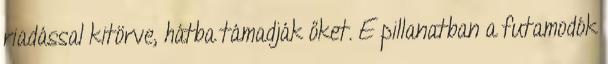
riadással kitörve, hátba támadják őket. E pillanatban a futamodók